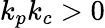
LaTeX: k_{p}k_{c}>0